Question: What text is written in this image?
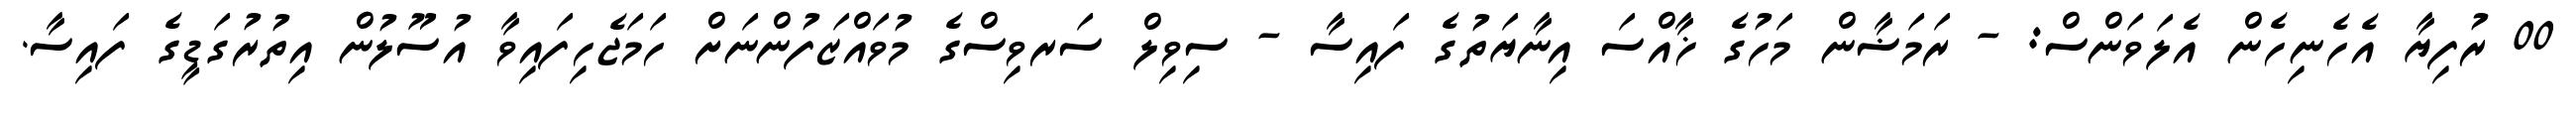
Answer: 00 ރުފިޔާ އެހެނިހެން އެލަވަންސް: - ރަމަޟާން މަހުގެ ޚާއްސަ އިނާޔަތުގެ ފައިސާ - ސިވިލް ސަރވިސްގެ މުވައްޒަފުންނަށް ހަމަޖެހިފައިވާ އުސޫލުން އިތުރުގަޑީގެ ފައިސާ.